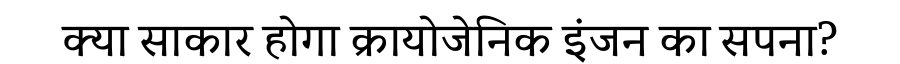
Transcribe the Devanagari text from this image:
क्या साकार होगा क्रायोजेनिक इंजन का सपना?